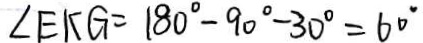
\angle E K G = 1 8 0 ^ { \circ } - 9 0 ^ { \circ } - 3 0 ^ { \circ } = 6 0 ^ { \circ }